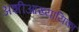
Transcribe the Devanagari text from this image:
अशीआख्यायिका